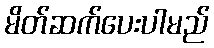
မိတ်ဆက်ပေးပါမည်